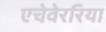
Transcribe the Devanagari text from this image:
एचेवेररिया